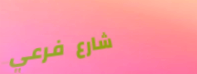
شارع فرعي